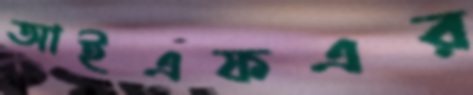
আইএফএর